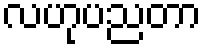
လဟုပညတာ